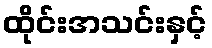
ထိုင်းအသင်းနှင့်